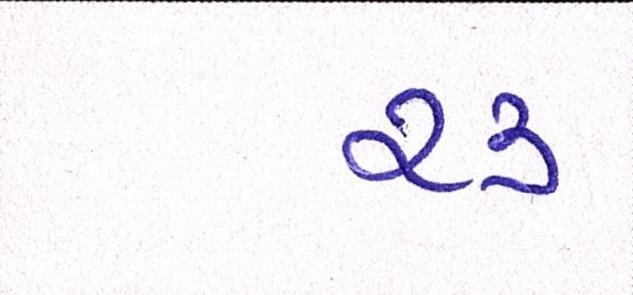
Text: ૨૩